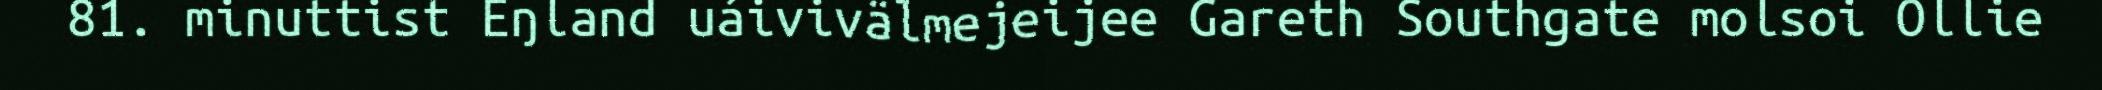
81. minuttist Eŋland uáivivälmejeijee Gareth Southgate molsoi Ollie